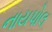
નાયપોલ